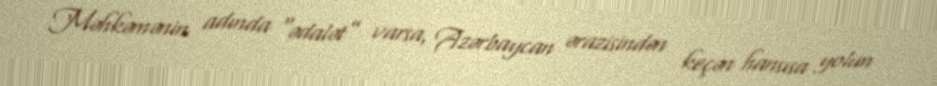
Məhkəmənin adında “ədalət” varsa, Azərbaycan ərazisindən keçən hansısa yolun